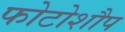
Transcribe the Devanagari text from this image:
फोटोशौप